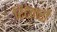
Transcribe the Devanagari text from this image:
रिटेनरों